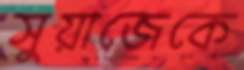
সুয়াজেকে